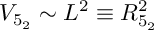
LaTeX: V _ { 5 _ { 2 } } \sim L ^ { 2 } \equiv R _ { 5 _ { 2 } } ^ { 2 }